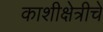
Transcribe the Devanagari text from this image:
काशीक्षेत्रीचे